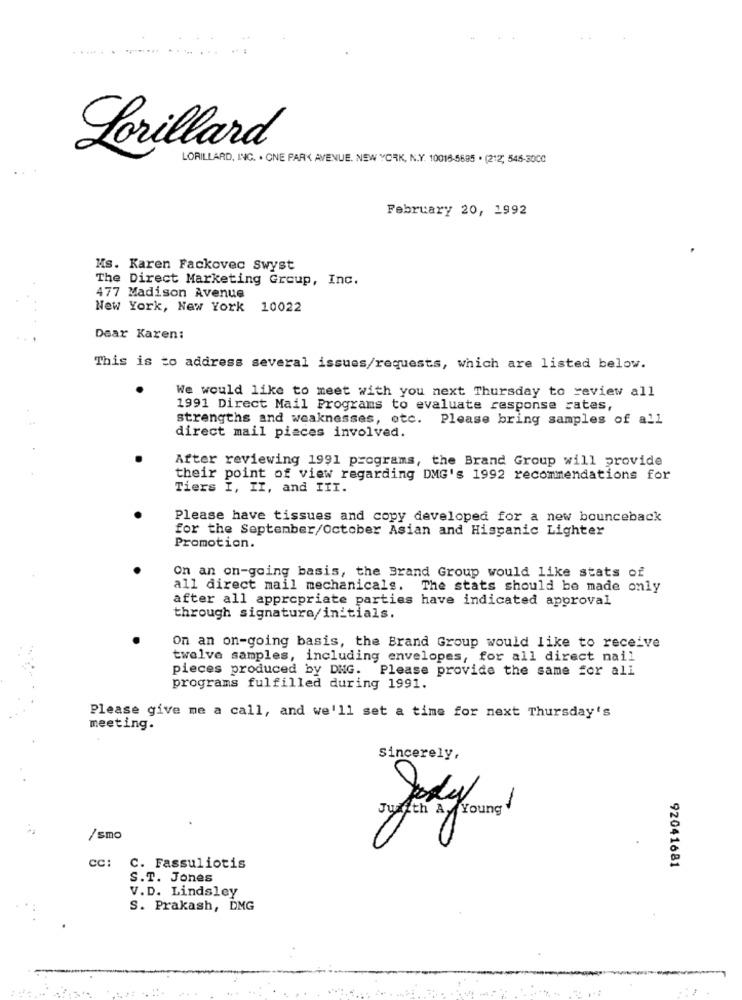
.....
Lorillard
LORILLARD, INC. . ONE PARK AVENUE. NEW YORK, N.Y. 10016-5685 . (212; 545-3000
February 20, 1992
Ms. Karen Fackovec Swyst
The Direct Marketing Group, Inc.
477 Madison Avenue
New York, New York 10022
Dear Karen:
This is to address several issues/requests, which are listed below.
We would like to meet with you next Thursday to review all
1991 Direct Mail Programs to evaluate response rates,
strengths and weaknesses, etc. Please bring samples of all
direct mail pieces involved.
After reviewing 1991 programs, the Brand Group will provide
their point of view regarding DMG's 1992 recommendations for
Tiers I, II, and III.
Please have tissues and copy developed for a new bounceback
for the September/October Asian and Hispanic Lighter
Promotion.
On an on-going basis, the Brand Group would like stats of
all direct mail mechanicals. The stats should be made only
after all appropriate parties have indicated approval
through signature/initials.
On an on-going basis, the Brand Group would like to receive
twelve samples, including envelopes, for all direct nail
pieces produced by DNG. Please provide the same for all
programs fulfilled during 1991.
Please give me a call, and we'll set a time for next Thursday's
meeting.
Sincerely,
-
/smo
cc: C. Fassuliotis
92041681
S.T. Jones
V.D. Lindsley
S. Prakash, DMG